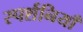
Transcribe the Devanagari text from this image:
स्पर्शनियाँ